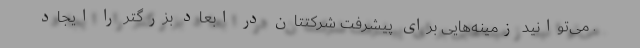
. می‌توانید زمینه‌هایی برای پیشرفت شرکتتان در ابعاد بزرگتر را ایجاد